Scottish Leaving Certificate Examination, 1959
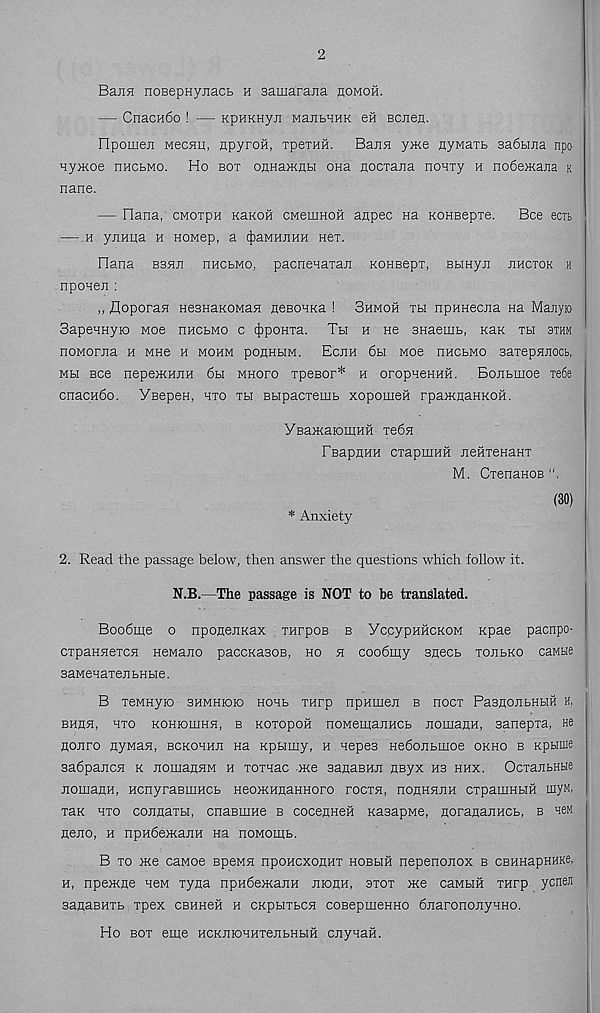
2
Ba;i5i noBepHynacb e samarana homoh.
— CnacH6o ! — KpHKHyji ManbHHK efi Bcnen.
npomeji Mecflu, npyrofi, rpeTHH. Bajin ywe nyMaTb 3a6biJia npo
Hy>Koe nucBMO. Ho box OflHatfiHH OHa flocxajia nonxy h no6e>Kaiia k
nane.
— liana,' cmotph KaKon CMemHOH anpec na KOHBepxe.
Bee eext
— e ynnua e HOMep, a (})aMHJiHH Hex.
liana bbhji nucbno, pacneHaxaji KOHBepx, Bbinyn jihcxok h
nponen :
„ floporan HesnaKOMan neBOBKa ! 3hmoh xh npHHecna na Majiyio
Sapennyio woe dhcbmo c tjjpoHxa. Th h ne BHaenib, k&k xbi 3thm
noMorita h Mne h mohm ponHbiM. Ecjih 6h woe nncbMO Baxepniiocb,
Mbi Bee nepemniiH 6h mhofo xpesor* e oropneHHH. Bonbmoe xe6e
cnacn6o. YBepen, nxo xh Bbipacxemb xopomen rpa>KHaHKon.
YBamaiomHH xe6H
FBapHHH cxapinnn nenxeHaHX
M. CxenanoB
(30)
* Anxiety
2. Read the passage below, then answer the questions which follow it.
N.B.—The passage is NOT to be translated.
Boo6me o nponejiKax xnrpoB b YccypHHCKOM xpae paenpo-
cxpannexcH Hewajio paccKaaoB, ho h coobmy sneeb xoubko caMtie
saMeHaxenbHbie.
B xeMnyio bhmhiok) hohb xnrp npHinen b noex PaBnojibHbiii h,
bhhh, hxo KOHromHH, b KOxopoH noMemanHCb nomann, sanepxa, ne
nonro nywan, bckohhji Ha Kpbimy, h nepes Hedojibmoe okho b xpume
sadpanen k nomaanM e roxnac oxe sanaBHit nsyx hb hhx. OcxajibHHe
jiomaflH, HcnyraBuiHOb Heo>KnnaHHoro roexn, nonHHjiH cxpamHbm myn,
xax hxo connaxbi, cnaBinne b cocenHeH xasapMe, HoranajiHCb, b neM
nejio, h npH6e>KajiH Ha noMomb.
B xo >Ke cawoe Bpewn npoHcxonnx hobhh nepenonox b CBHHapHHKe,
h, npemne hbm xyna npHdemaitH jhohh, axox xce caMbm xnrp ycneji
sanaBHXb xpex CBHHeK h oKpbixbCH coBepmeHHO bjiaronojiynHO.
Ho box eme HCKniOHHxejibHbiH CJiynaH.